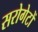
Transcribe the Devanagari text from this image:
सरोगेटों